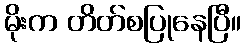
မိုးက တိတ်စပြုနေပြီ။